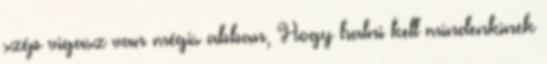
szép vigasz van mégis abban, Hogy halni kell mindenkinek